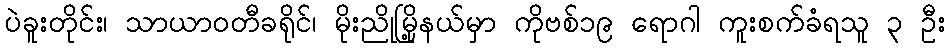
ပဲခူးတိုင်း၊ သာယာဝတီခရိုင်၊ မိုးညိုမြို့နယ်မှာ ကိုဗစ်၁၉ ရောဂါ ကူးစက်ခံရသူ ၃ ဦး